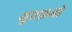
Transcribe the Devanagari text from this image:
युएफ़ओ